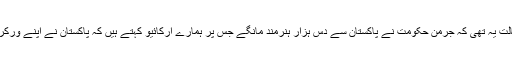
سنہ 60 کی دہائی تک جرمنی کی حالت یہ تھی کہ جرمن حکومت نے پاکستان سے دس ہزار ہنرمند مانگے جس پر ہمارے آرکائیو کہتے ہیں کہ پاکستان نے اپنے ورکرز جرمنی بھجوانے سے انکار کردیا۔